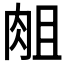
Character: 𰮘